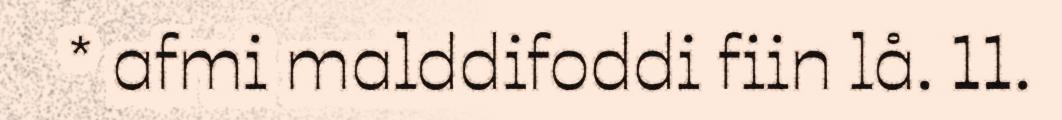
* afmi malddifoddi fiin lå. 11.